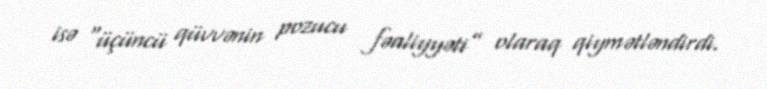
isə “üçüncü qüvvənin pozucu fəaliyyəti” olaraq qiymətləndirdi.